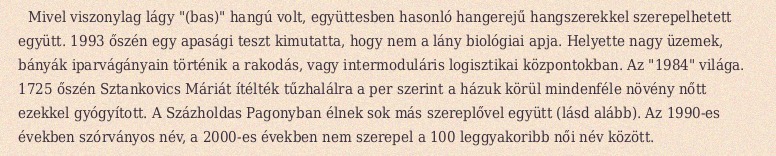
Mivel viszonylag lágy "(bas)" hangú volt, együttesben hasonló hangerejű hangszerekkel szerepelhetett együtt. 1993 őszén egy apasági teszt kimutatta, hogy nem a lány biológiai apja. Helyette nagy üzemek, bányák iparvágányain történik a rakodás, vagy intermoduláris logisztikai központokban. Az "1984" világa. 1725 őszén Sztankovics Máriát ítélték tűzhalálra a per szerint a házuk körül mindenféle növény nőtt ezekkel gyógyított. A Százholdas Pagonyban élnek sok más szereplővel együtt (lásd alább). Az 1990-es években szórványos név, a 2000-es években nem szerepel a 100 leggyakoribb női név között.